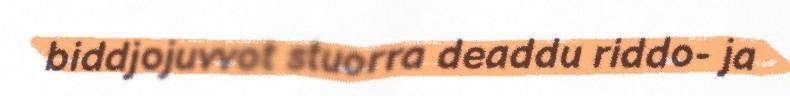
biddjojuvvot stuorra deaddu riddo- ja